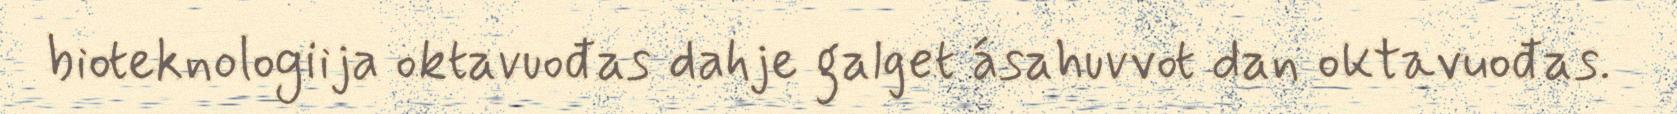
bioteknologiija oktavuođas dahje galget ásahuvvot dan oktavuođas.